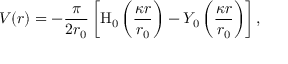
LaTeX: V ( r ) = - { \frac { \pi } { 2 r _ { 0 } } } \left[ { \mathrm { H } } _ { 0 } \left( { \frac { \kappa r } { r _ { 0 } } } \right) - Y _ { 0 } \left( { \frac { \kappa r } { r _ { 0 } } } \right) \right] ,